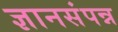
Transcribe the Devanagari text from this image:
ज्ञानसंपन्न